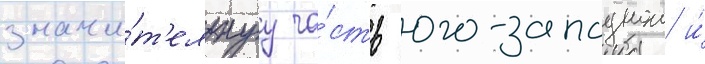
значи́т'ельнуу ча́сть юго-западнои и́